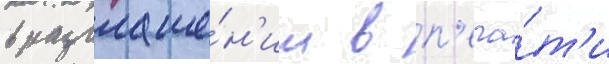
в разглаше́н'ии в п'еча́т'и